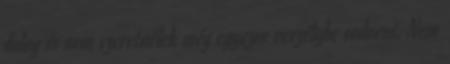
dolog és nem szeretnélek még egyszer veszélybe sodorni. Nem